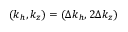
( k _ { h } , k _ { z } ) = ( \Delta k _ { h } , 2 \Delta k _ { z } )